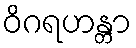
ဝိဂရဟန္တာ